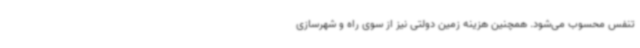
تنفس محسوب می‌شود. همچنین هزینه زمین دولتی نیز از سوی راه و شهرسازی